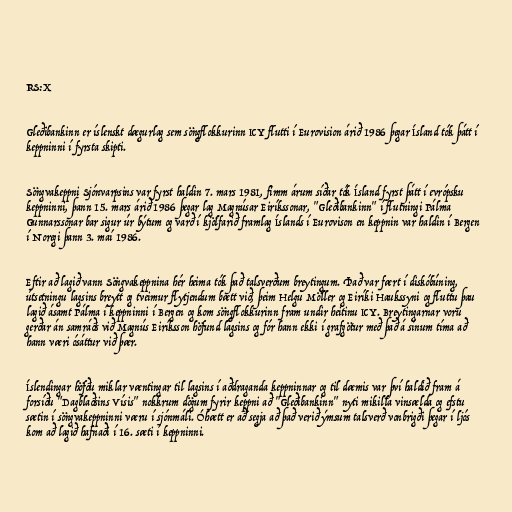
RS:X

Gleðibankinn er íslenskt dægurlag sem söngflokkurinn ICY flutti í Eurovision árið 1986 þegar Ísland tók þátt í
keppninni í fyrsta skipti.

Söngvakeppni Sjónvarpsins var fyrst haldin 7. mars 1981, fimm árum síðar tók Ísland fyrst þátt í evrópsku
keppninni, þann 15. mars árið 1986 þegar lag Magnúsar Eiríkssonar, "Gleðibankinn" í flutningi Pálma
Gunnarssonar bar sigur úr býtum og varð í kjölfarið framlag Íslands í Eurovison en keppnin var haldin í Bergen
í Noregi þann 3. maí 1986.

Eftir að lagið vann Söngvakeppnina hér heima tók það talsverðum breytingum. Það var fært í diskóbúning,
útsetningu lagsins breytt og tveimur flytjendum bætt við, þeim Helgu Möller og Eiríki Haukssyni og fluttu þau
lagið ásamt Pálma í keppninni í Bergen og kom söngflokkurinn fram undir heitinu ICY. Breytingarnar voru
gerðar án samráðs við Magnús Eiríksson höfund lagsins og fór hann ekki í grafgötur með það á sínum tíma að
hann væri ósáttur við þær.

Íslendingar höfðu miklar væntingar til lagsins í aðdraganda keppninnar og til dæmis var því haldið fram á
forsíðu "Dagblaðsins Vísis" nokkrum dögum fyrir keppni að "Gleðibankinn" nyti mikilla vinsælda og efstu
sætin í söngvakeppninni væru í sjónmáli. Óhætt er að segja að það verið ýmsum talsverð vonbrigði þegar í ljós
kom að lagið hafnaði í 16. sæti í keppninni.